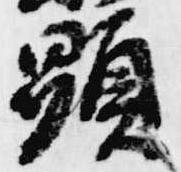
顕